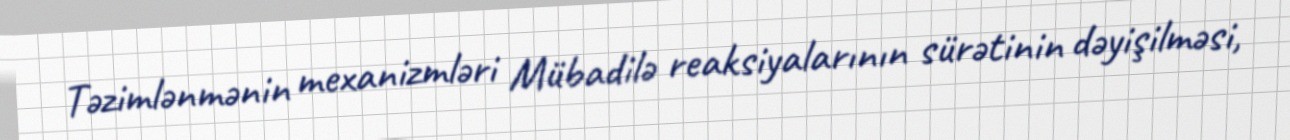
Təzimlənmənin mexanizmləri Mübadilə reaksiyalarının sürətinin dəyişilməsi,